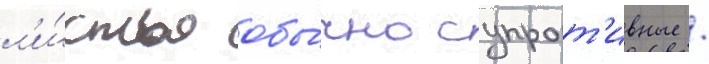
л'и́стья обы́чно супрот'ивные /